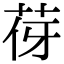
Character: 𦭿